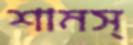
শামস্